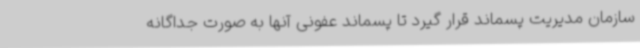
سازمان مدیریت پسماند قرار گیرد تا پسماند عفونی آنها به صورت جداگانه